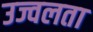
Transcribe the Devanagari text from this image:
उज्वलता